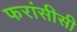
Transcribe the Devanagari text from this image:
फरांसीसी